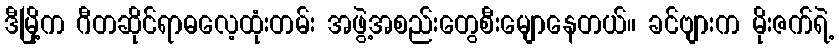
ဒီမြို့က ဂီတဆိုင်ရာဓလေ့ထုံးတမ်း အဖွဲ့အစည်းတွေစီးမျောနေတယ်။ ခင်ဗျားက မိုးဇက်ရဲ့